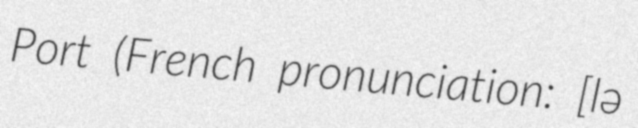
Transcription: Port (French pronunciation: ​[lə